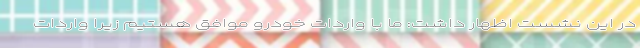
در این نشست اظهار داشت: ما با واردات خودرو موافق هستیم زیرا واردات